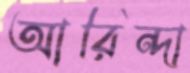
আরিন্দা